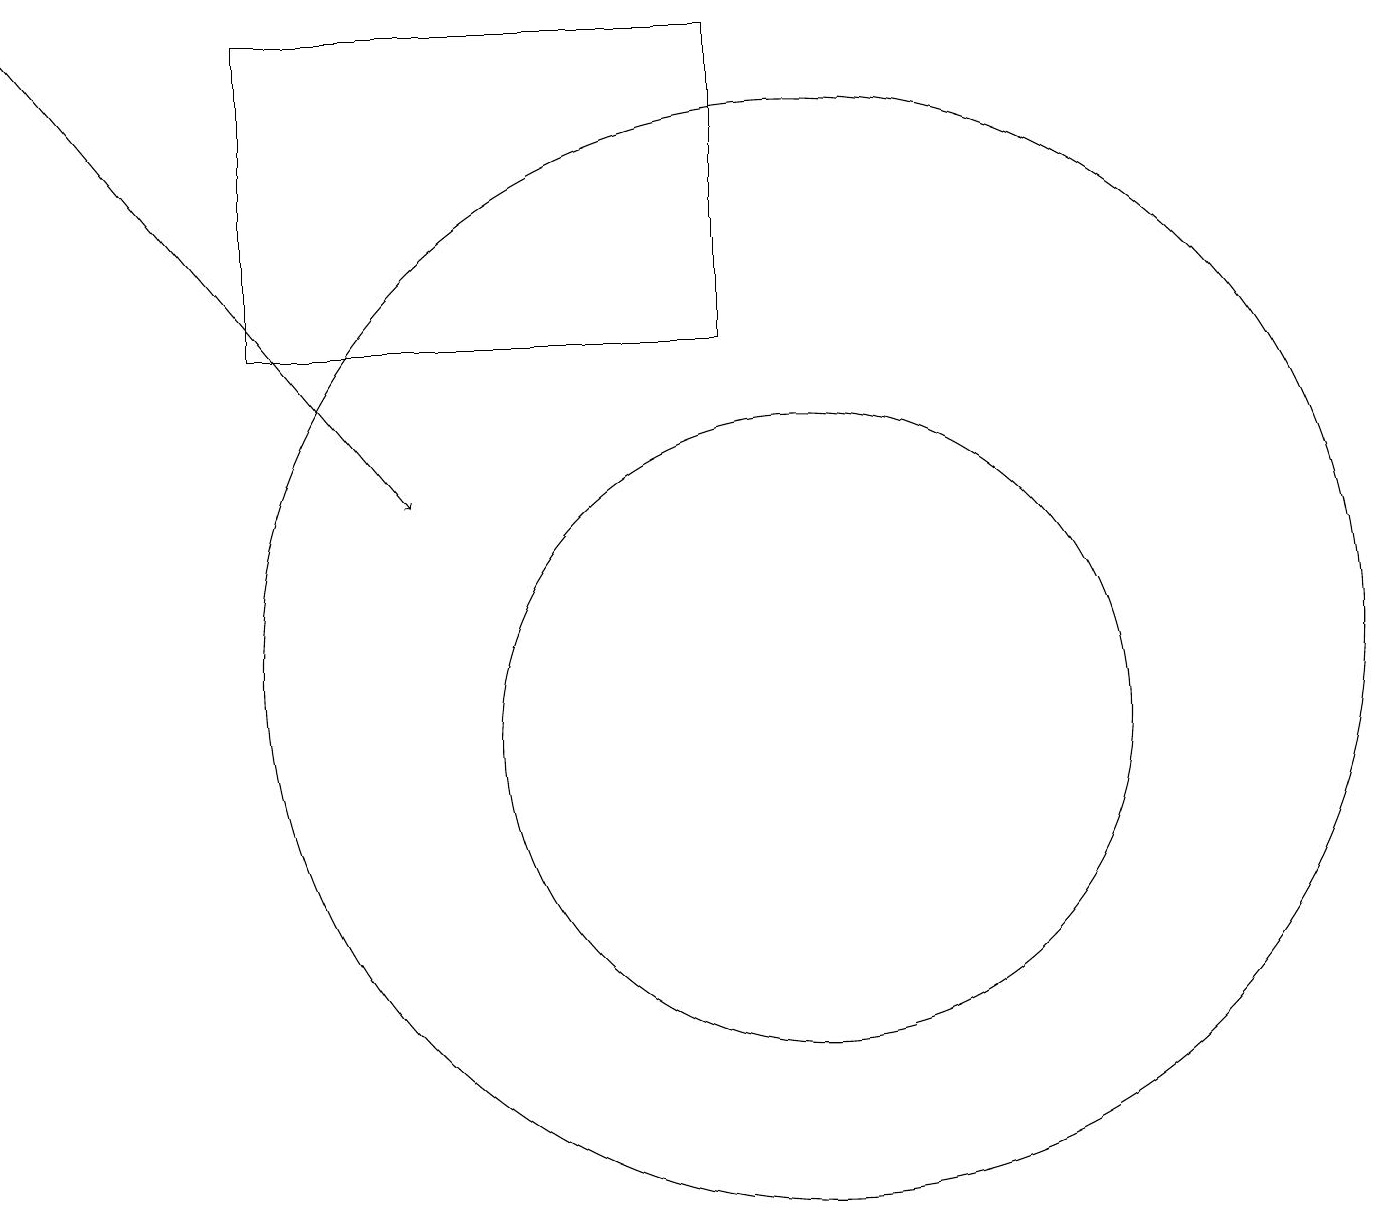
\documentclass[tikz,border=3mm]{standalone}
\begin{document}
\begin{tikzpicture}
\draw[->] (0,19) -- (5,13);
\draw (9,19) rectangle (3,15);
\draw (10,10) circle (4);
\draw (10,11) circle (7);
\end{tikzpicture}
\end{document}